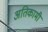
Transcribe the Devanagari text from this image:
अतिकामी